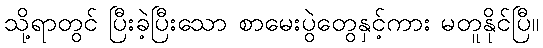
သို့ရာတွင် ပြီးခဲ့ပြီးသော စာမေးပွဲတွေနှင့်ကား မတူနိုင်ပြီ။